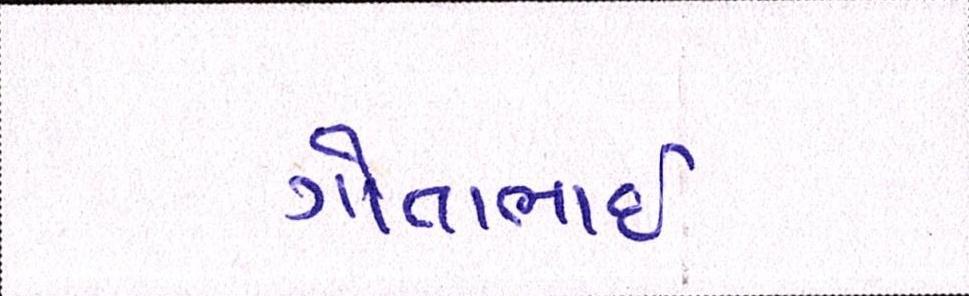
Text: ગોતાભાઈ